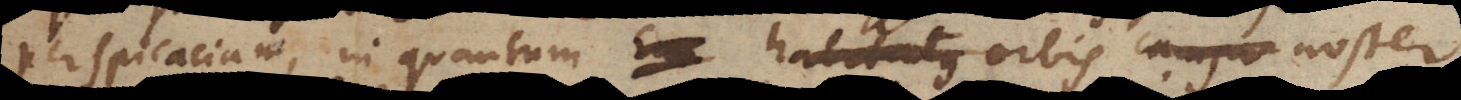
perspicaciam, in quantum habitatus orbis orbis noster